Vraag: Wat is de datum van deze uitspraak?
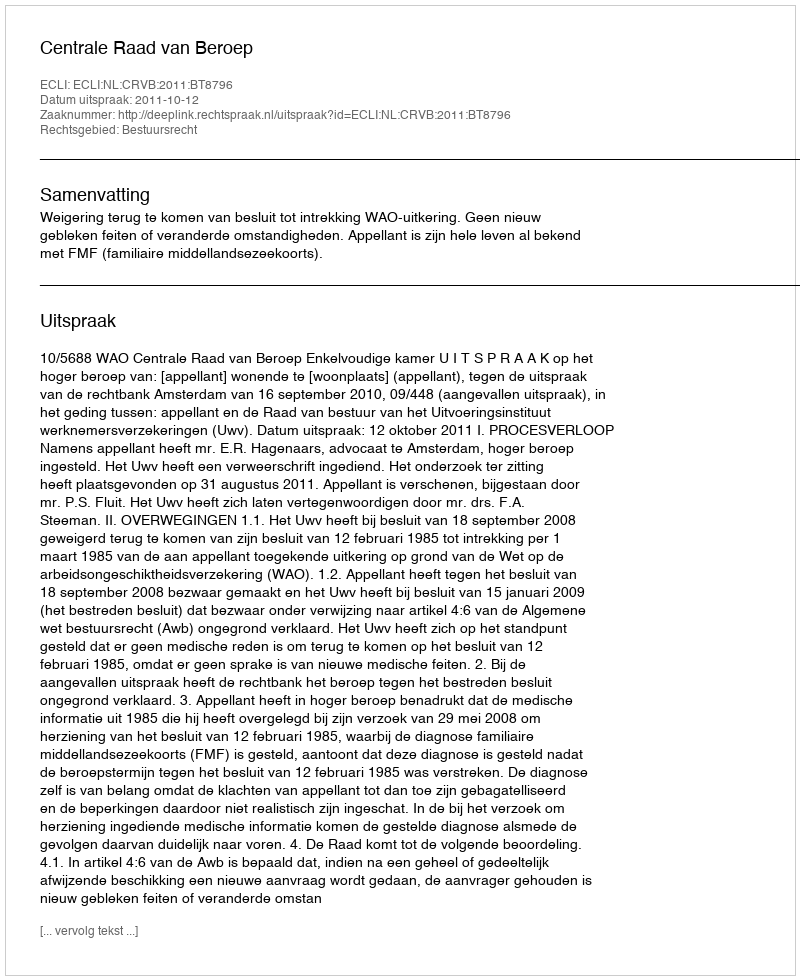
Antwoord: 2011-10-12